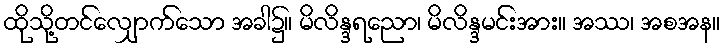
ထိုသို့တင်လျှောက်သော အခါ၌။ မိလိန္ဒရညော၊ မိလိန္ဒမင်းအား။ အဿ၊ အစအန။